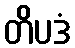
တိပဒံ